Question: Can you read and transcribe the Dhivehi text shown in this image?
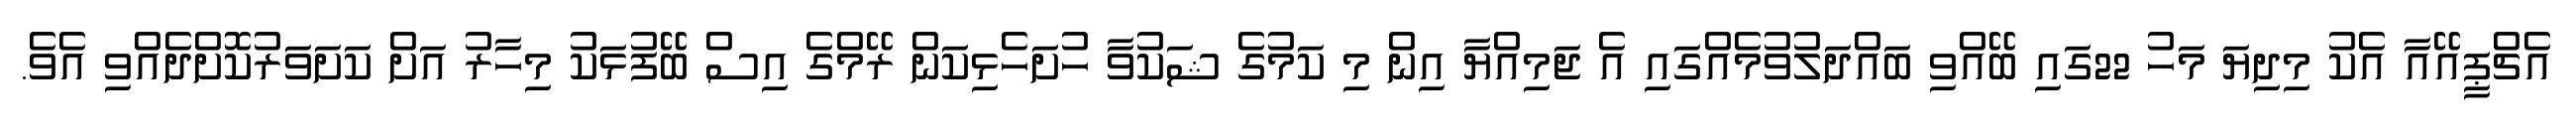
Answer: އެޗްޕީއޭއާ އެކު މިދިޔަ މަހު 22ގައި ބޭއްވި ބައްދަލުވުމެއްގައި އެ ޖަމިއްޔާ އިން މި ކަމުގެ ޝަކުވާ ހުށަހެޅިކަން ރޭމްގެ އިސް ބޭފުޅަކު މިހާރު އަށް ކަށަވަރުކޮށްދެއްވި އެވެ.